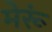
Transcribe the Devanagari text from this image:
मेरूं